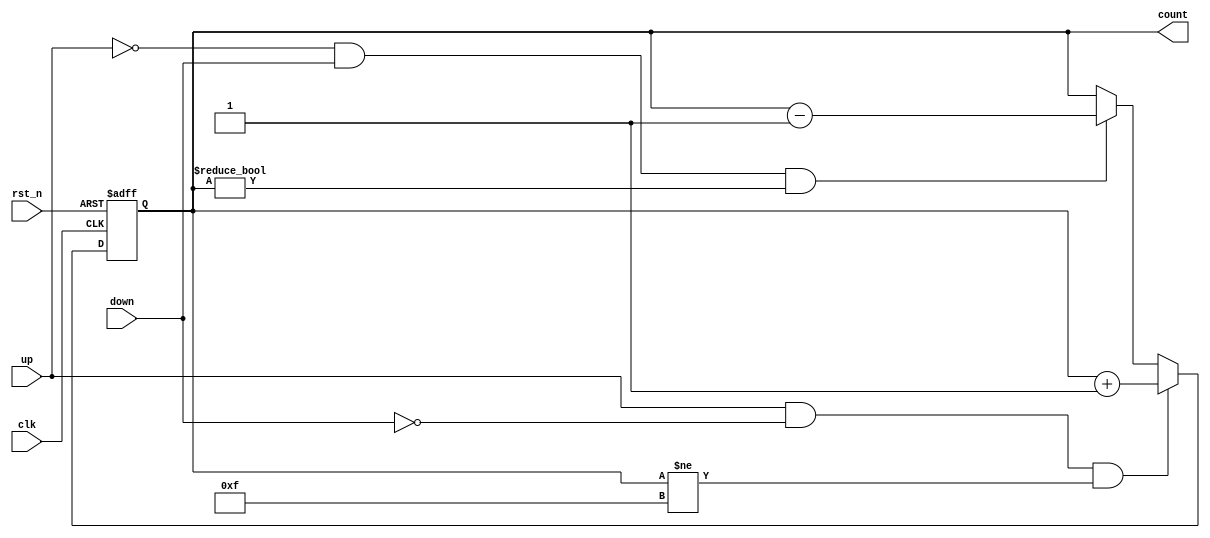
module up_down_counter(clk,rst_n,up,down,count);

input            clk;
input            rst_n;
input            up;
input            down;
output reg [3:0] count;

always @(posedge clk , negedge rst_n)
begin
    if(~rst_n)
    begin
        count <= 4'd0; 
    end    
    else
    begin
        if (up == 1 && down == 0 && count != 4'd15) 
        begin
            count <= count + 1'd1;
        end 
        else if (up == 0 && down == 1 && count != 4'd0)
        begin
            count <= count - 1'd1;
        end 
        else
        begin
            count <= count;
        end       
    end
end

endmodule